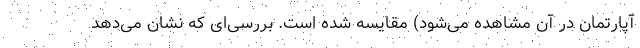
آپارتمان در آن مشاهده می‌شود) مقایسه شده است. بررسی‌ای که نشان می‌دهد